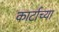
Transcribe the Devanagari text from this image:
कार्टाच्या